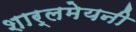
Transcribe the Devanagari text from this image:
शार्लमेयनी